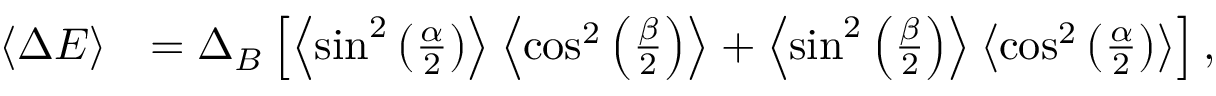
\begin{array} { r l } { \left\langle { \Delta E } \right\rangle } & { = \Delta _ { B } \left[ \left\langle { \sin ^ { 2 } \left( \frac { \alpha } { 2 } \right) } \right\rangle \left\langle { \cos ^ { 2 } \left( \frac { \beta } { 2 } \right) } \right\rangle + \left\langle { \sin ^ { 2 } \left( \frac { \beta } { 2 } \right) } \right\rangle \left\langle { \cos ^ { 2 } \left( \frac { \alpha } { 2 } \right) } \right\rangle \right] , } \end{array}